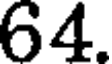
64.